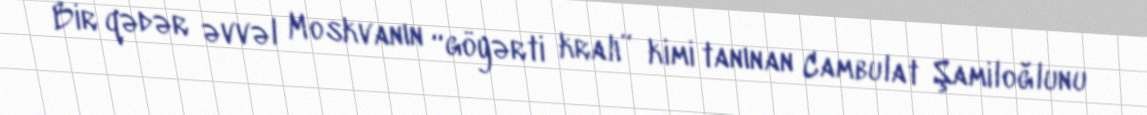
Bir qədər əvvəl Moskvanın “göyərti kralı” kimi tanınan Cambulat Şamiloğlunu